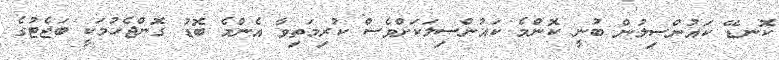
ކޮނޑޭ ކައުންސިލުން ބުނީ ކޮންމެ ކައުންސިލަކަށްވެސް ކުރިމަތިވާ އެންމެ ބޮޑު ގޮންޖެހުމަކީ ބަޖެޓުގެ